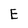
Character: E